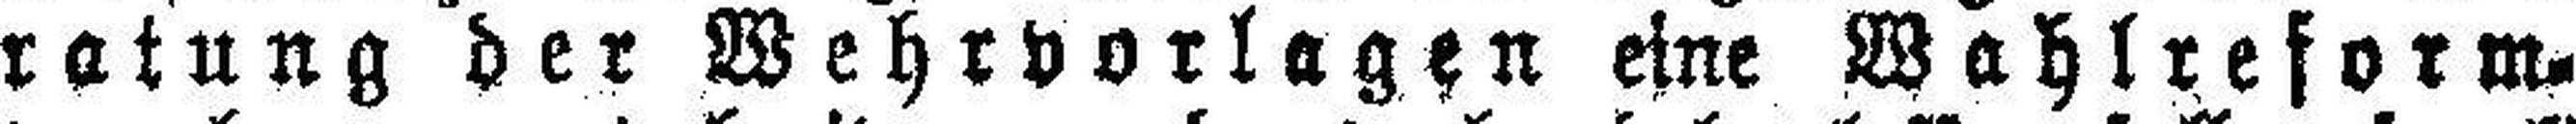
ratung der Wehrvorlagen eine Wahlreform¬